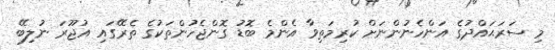
މި ސަރަޙައްދުގެ އަންހެނުންނަށް ކުރިމަތިވާ އެންމެ ބޮޑު ގޮންޖެހުންތަކުގެ ތެރޭގައި އުޖޫރަ ނުލިބޭ